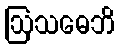
ဩသဓေဘိ